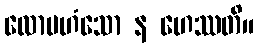
လောမဟံသော န ဟေဿတိ။